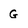
Character: G